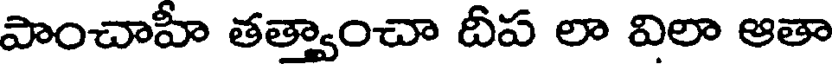
పాంచాహీ తత్వాంచా దీప లా విలా ఆతా